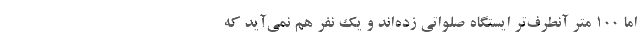
اما 100 متر آنطرف‌تر ایستگاه صلواتی زده‌اند و یک نفر هم نمی‌آید که